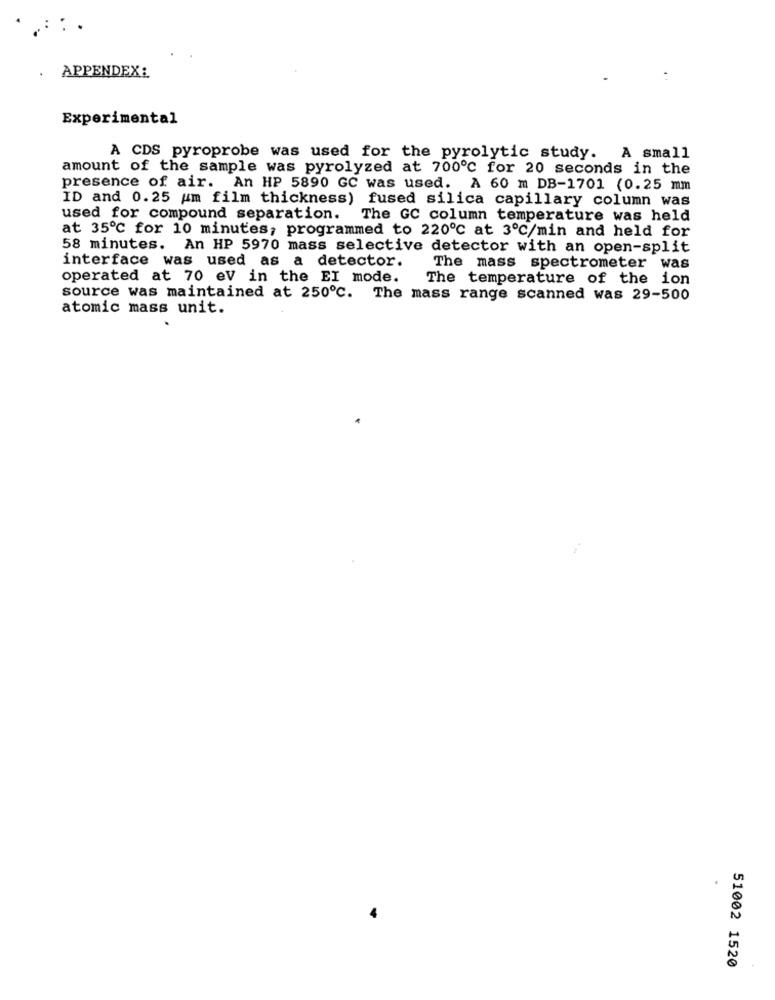
.::.
. APPENDEX:
Experimental
A CDS pyroprobe was used for the pyrolytic study. A small
amount of the sample was pyrolyzed at 700℃ for 20 seconds in the
presence of air. An HP 5890 GC was used. A 60 m DB-1701 (0.25 mm
ID and 0.25 um film thickness) fused silica capillary column was
used for compound separation.
The GC column temperature was held
at 35℃ for 10 minutes, programmed to 220℃ at 3º℃/min and held for
58 minutes. An HP 5970 mass selective detector with an open-split
interface was used as a detector.
The mass spectrometer was
operated at 70 ev in the EI mode.
The temperature of the ion
source was maintained at 250℃. The mass range scanned was 29-500
atomic mass unit.
51002 1520